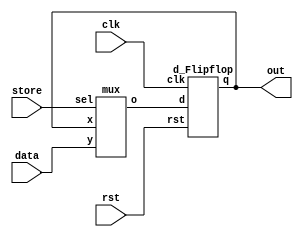
module one_bit_register(
    input data,
    input store,
    input rst,
    input clk,
    output out
);
    wire t1;
    mux mux1(store, out, data, t1);
    d_Flipflop d_ff1(t1, clk, rst, out); 
endmodule

module d_Flipflop(
    input d,
    input clk,
    input rst,
    output reg q
);
    always @(posedge clk)
    begin
        if (!rst) q <= 1'b0;
        else q <= d;
    end
endmodule

module mux(
    input sel,
    input x,
    input y,
    output reg o
);
    always @(*)
    begin
        case (sel)
            1'b0: o = x;
            1'b1: o = y;
        endcase
    end
endmodule